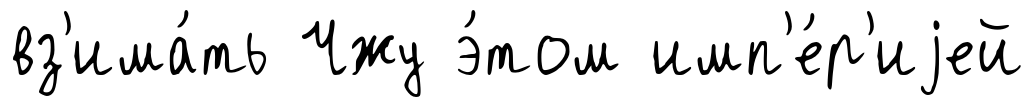
вз'има́ть Чжу э́том имп'е́р'иjей